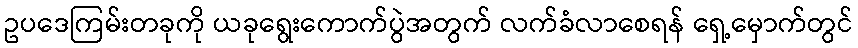
ဥပဒေကြမ်းတခုကို ယခုရွေးကောက်ပွဲအတွက် လက်ခံလာစေရန် ရှေ့မှောက်တွင်